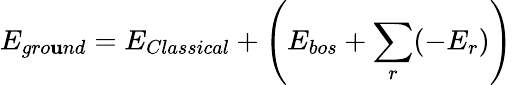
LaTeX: E_{gro\mathbf{u}nd}=E_{Classical}+\left(E_{bos}+\sum_{r}(-E_{r})\right)